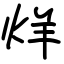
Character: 烊